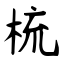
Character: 梳